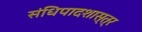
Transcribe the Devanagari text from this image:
संधिपादशास्त्र